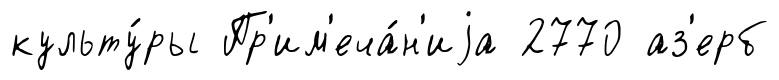
культу́ры Пр'им'еча́н'иjа 2770 аз'ерб